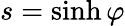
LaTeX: s=\sinh\varphi